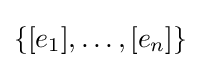
\{[e_{1}],\dotsc ,[e_{n}]\}